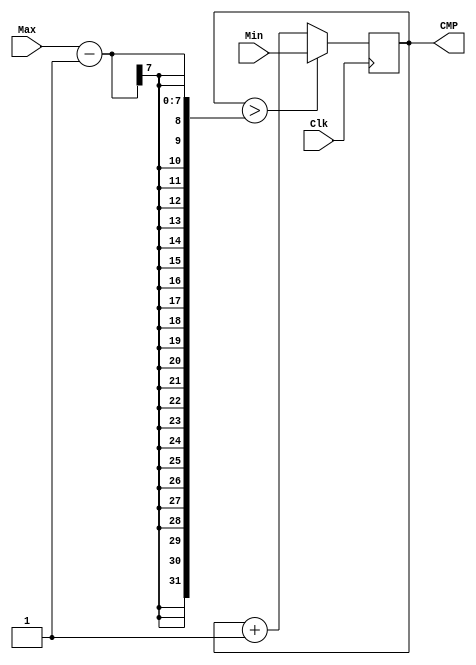
module CPTAleat(Clk, Min, Max, CMP);

input Clk;
input [6:0]Min;
input [6:0]Max;

output[6:0]	CMP;
reg[6:0]	CMP;

// Main process (full synchronous module)
always @(negedge (Clk))
begin
	CMP <= CMP+1;
	if (CMP > Max-1)
		begin
		CMP<= Min;
		end
end 
endmodule